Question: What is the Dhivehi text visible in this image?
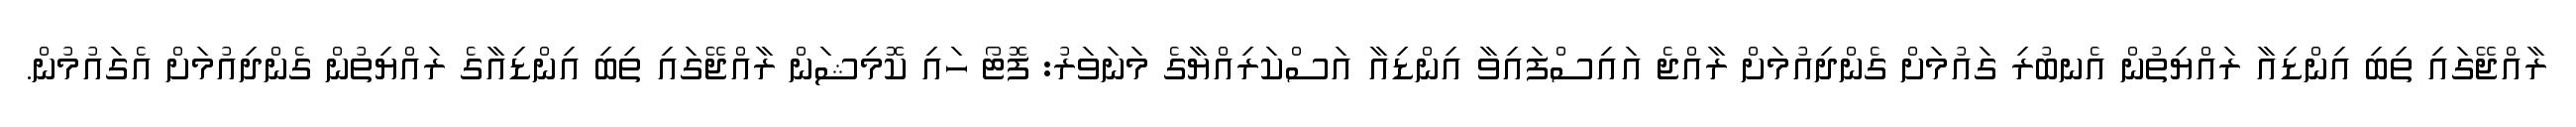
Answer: ރާއްޖޭގައި ތިބި އިންޑިއާ ރައްޔިތުން އެނބުރި ގައުމަށް ގެންދިއުމަށް ރާއްޖެ އައިސްފައިވާ އިންޑިއާ އަސްކަރިއްޔާގެ މަނަވަރު: ފޮޓޯ ހައި ކޮމިޝަން ރާއްޖޭގައި ތިބި އިންޑިއާގެ ރައްޔިތުން ގެންދިއުމަށް އެގައުމުން.